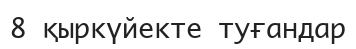
8 қыркүйекте туғандар